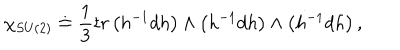
\chi _ { S U ( 2 ) } \doteq \frac { 1 } { 3 } t r \left( h ^ { - 1 } d h \right) \wedge \left( h ^ { - 1 } d h \right) \wedge \left( h ^ { - 1 } d h \right) ,